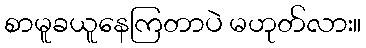
စာမူခယူနေကြတာပဲ မဟုတ်လား။